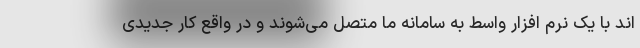
اند با یک نرم افزار واسط به سامانه ما متصل می‌شوند و در واقع کار جدیدی